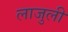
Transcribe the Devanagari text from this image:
लाजुली